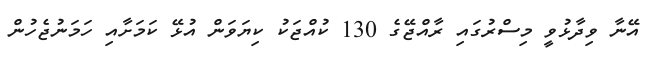
އޭނާ ވިދާޅުވީ މިސްރުގައި ރާއްޖޭގެ 130 ކުއްޖަކު ކިޔަވަން އުޅޭ ކަމަށާއި ހަމަނުޖެހުން